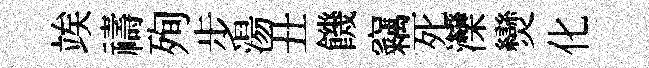
竢禱殉步湯丑饑竊死灤𤓖化